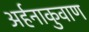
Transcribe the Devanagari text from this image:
अर्हनाकुवाण